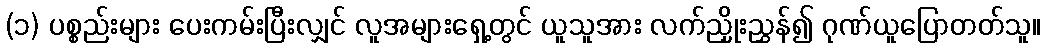
(၁) ပစ္စည်းများ ပေးကမ်းပြီးလျှင် လူအများရှေ့တွင် ယူသူအား လက်ညှိုးညွှန်၍ ဂုဏ်ယူပြောတတ်သူ။